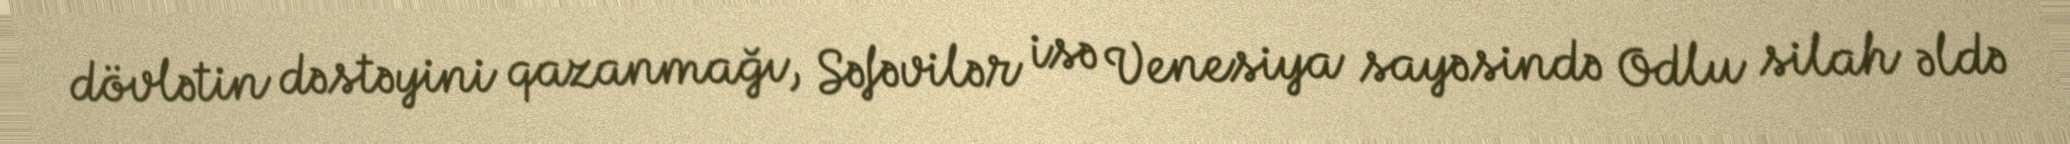
dövlətin dəstəyini qazanmağı, Səfəvilər isə Venesiya sayəsində Odlu silah əldə